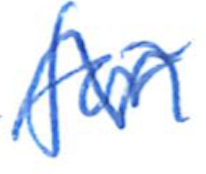
Text: for
Cross-out: wave
Writing tool: ballpoint